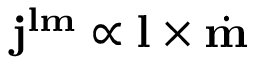
\mathbf { j } ^ { \mathbf { l m } } \propto \mathbf { l } \times \dot { \mathbf { m } }